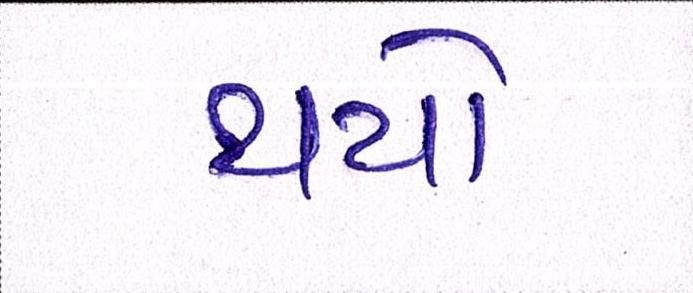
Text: થયો